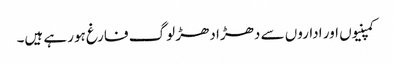
کمپنیوں اور اداروں سے دھڑا دھڑ لوگ فارغ ہورہے ہیں۔